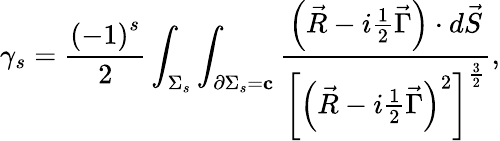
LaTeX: \gamma_{s}=\frac{\left(-1\right)^{s}}2\int_{\Sigma_{s}}\int_{\partial\Sigma_{s}={\mathbf c}}\frac{\left(\vec{R}-i\frac 12\vec{\Gamma}\right)\cdot d\vec{S}}{\left[\left(\vec{R}-i\frac 12\vec{\Gamma}\right)^{2}\right]^{\frac 32}},